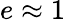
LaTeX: e\approx 1